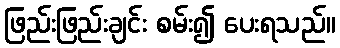
ဖြည်းဖြည်းချင်း စမ်း၍ ပေးရသည်။